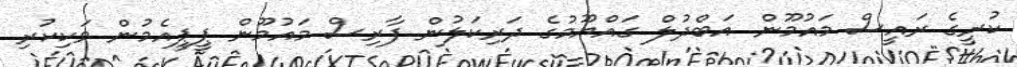
ކުރީގެ ރައީސް މައުމޫން އަބްދުލް ގައްޔޫމުގެ ދަރިކަލުން ފާރިސް މައުމޫން ޕީޕީއެމުން ވަކިކުރި